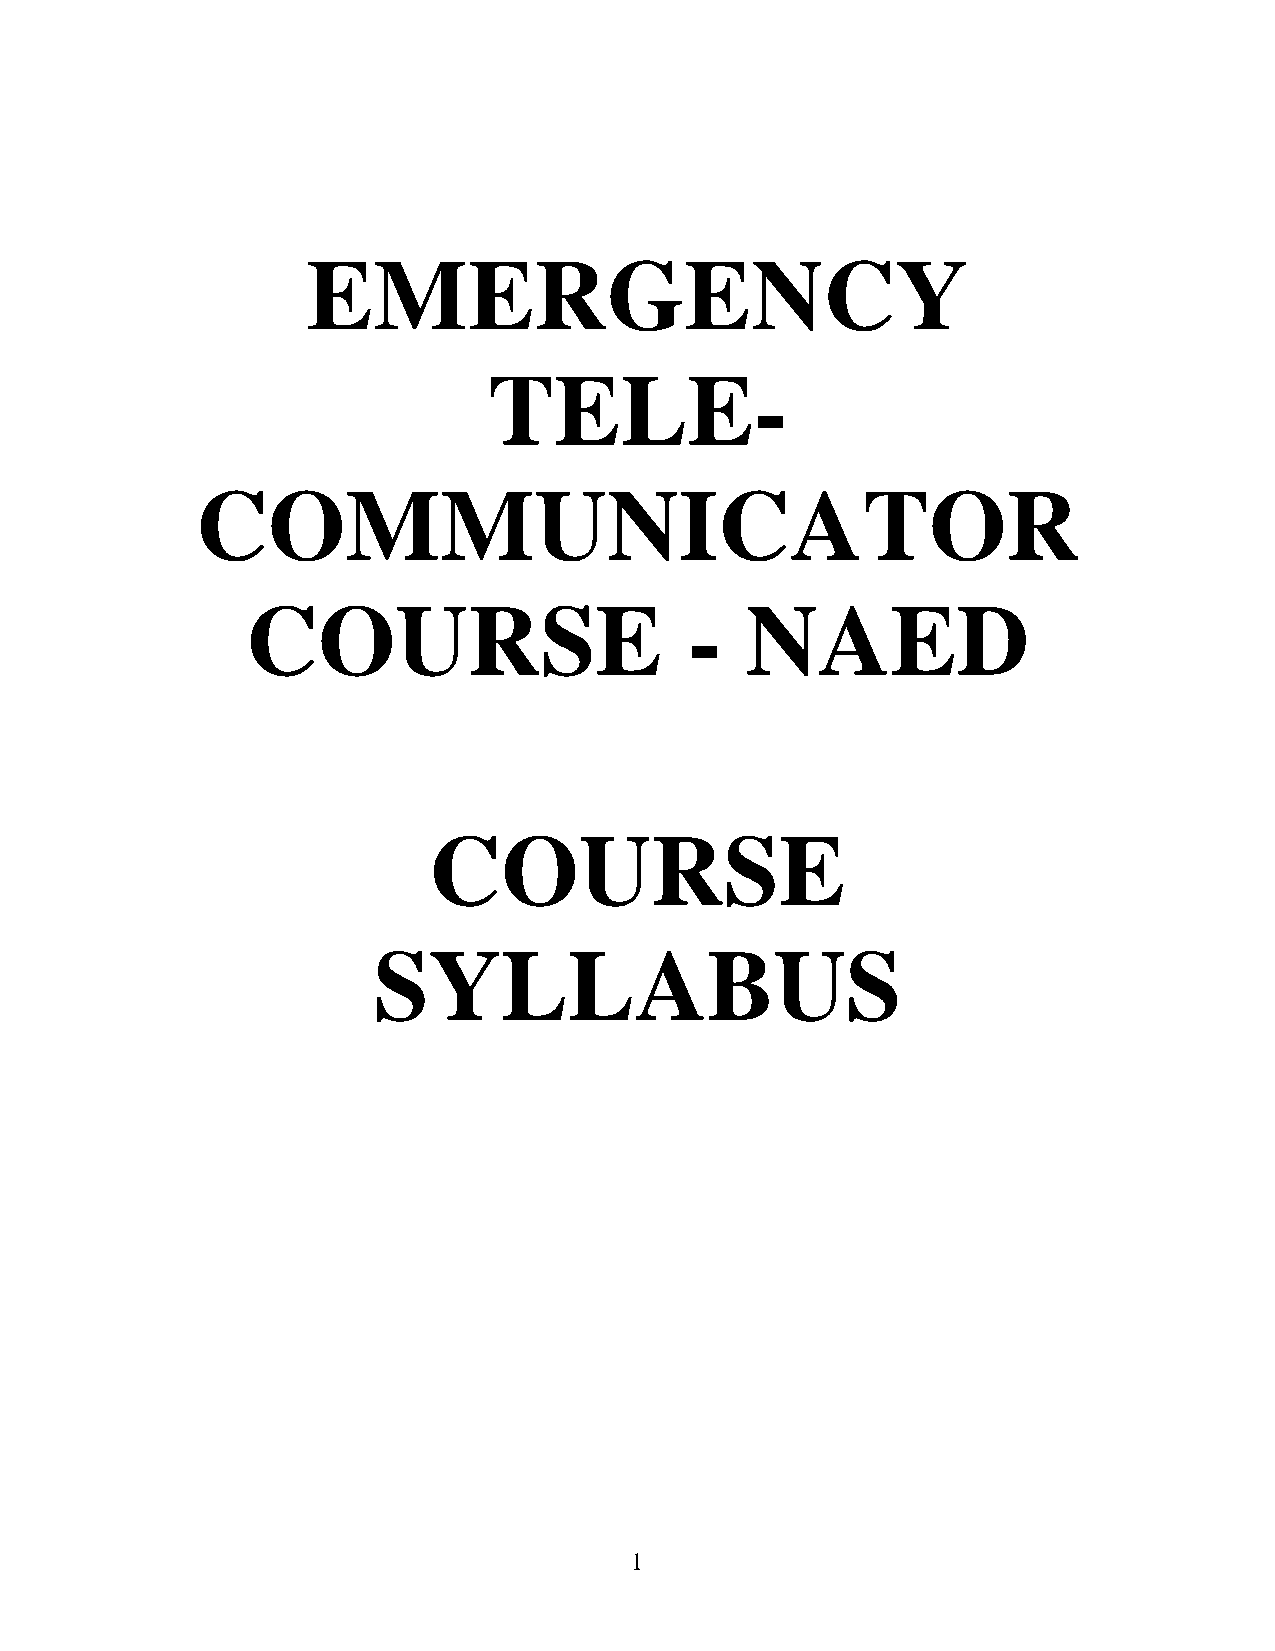
EMERGENCY
 TELE-
 COMMUNICATOR
 COURSE                        -  NAED
 COURSE
 SYLLABUS
 1